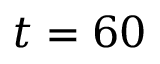
t = 6 0